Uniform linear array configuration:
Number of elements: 4
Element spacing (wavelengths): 0.25
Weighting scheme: hann
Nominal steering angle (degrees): -45
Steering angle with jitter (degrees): -44.956
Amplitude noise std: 0.05
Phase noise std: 0.05

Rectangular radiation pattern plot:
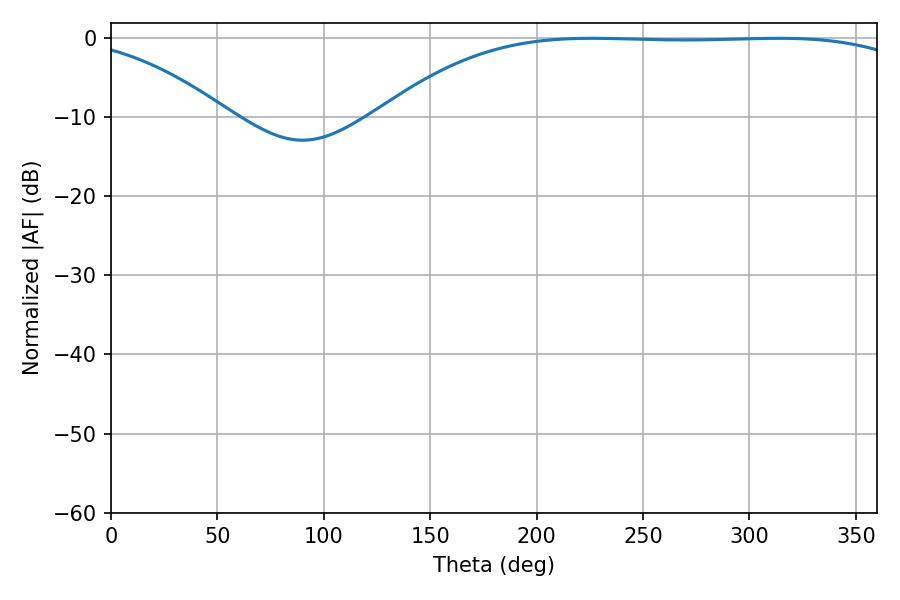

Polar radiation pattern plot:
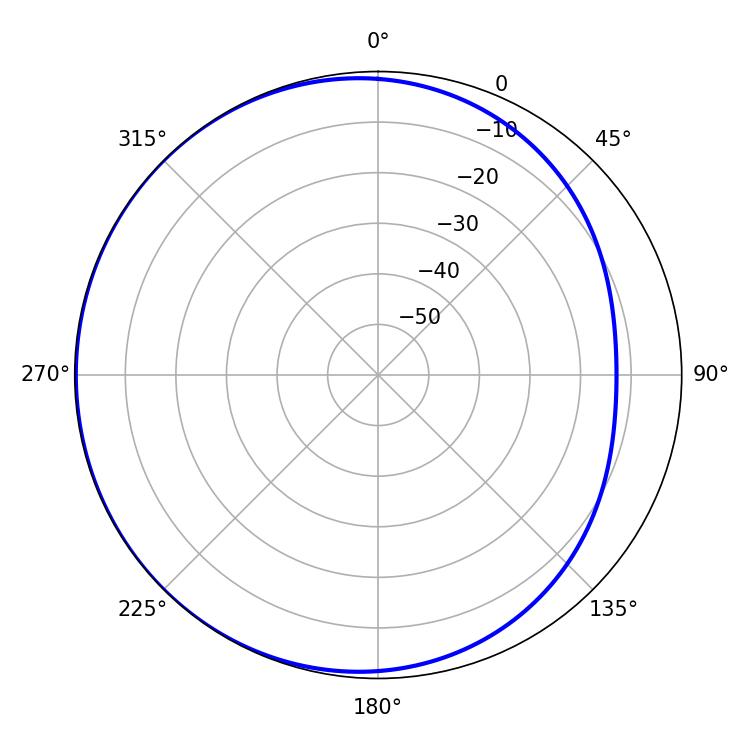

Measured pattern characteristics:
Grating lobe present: FALSE
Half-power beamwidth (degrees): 196.2
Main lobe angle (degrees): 226.26